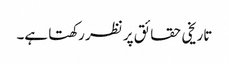
تاریخی حقائق پر نظر رکھتا ہے۔